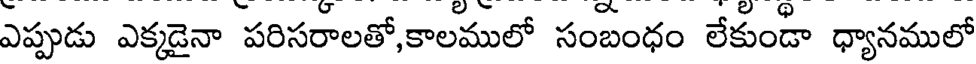
ఎప్పుడు ఎక్కడైనా పరిసరాలతో,కాలములో సంబంధం లేకుండా ధ్యానములో